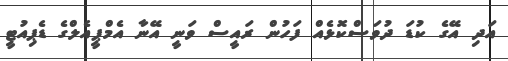
އަދި އޭގެ ކުޑަ ދުވަސްކޮޅެއް ފަހުން ރައީސް ވަނީ އޭނާ އެމްޕީއެލްގެ ޑެޕިއުޓީ